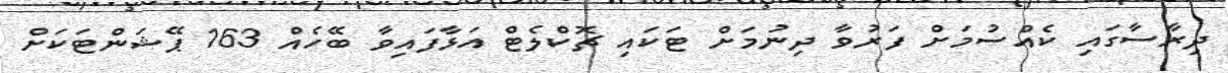
ދިރާސާގައި ކެއްސުމަށް ފަރުވާ ދިނުމަށް ޓަކައި ޗޮކްލެޓް އަޅާފައިވާ ބޭހެއް 163 ޕޭޝަންޓަކަށް